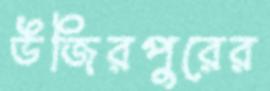
উজিরপুরের